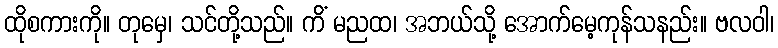
ထိုစကားကို။ တုမှေ၊ သင်တို့သည်။ ကိံ မညထ၊ အဘယ်သို့ အောက်မေ့ကုန်သနည်း။ ဗလဝါ၊